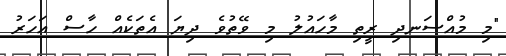
"މި މުއްސަނދި ރީތި މާހައުލު މި ވޭތުވެ ދިޔަ އެތަކެއް ހާސް އަހަރު